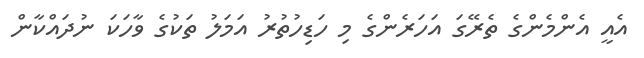
އެއީ އެންމެންގެ ތެރޭގަ އަހަރެންގެ މި ހަޑިހުތުރު އަމަލު ތަކުގެ ވާހަކަ ނުދައްކާން